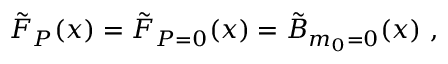
\tilde { F } _ { P } ( x ) = \tilde { F } _ { P = 0 } ( x ) = \tilde { B } _ { m _ { 0 } = 0 } ( x ) ~ ,